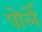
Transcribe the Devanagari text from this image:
पोर्ले